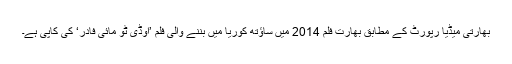
بھارتی میڈیا رپورٹ کے مطابق بھارت فلم 2014 میں ساؤتھ کوریا میں بننے والی فلم ’اوڈی ٹو مائی فادر‘ کی کاپی ہے۔